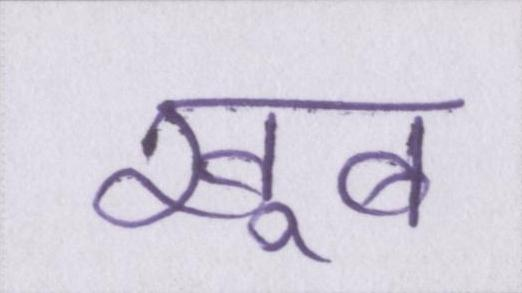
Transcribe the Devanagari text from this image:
खूब